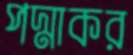
পদ্মাকর